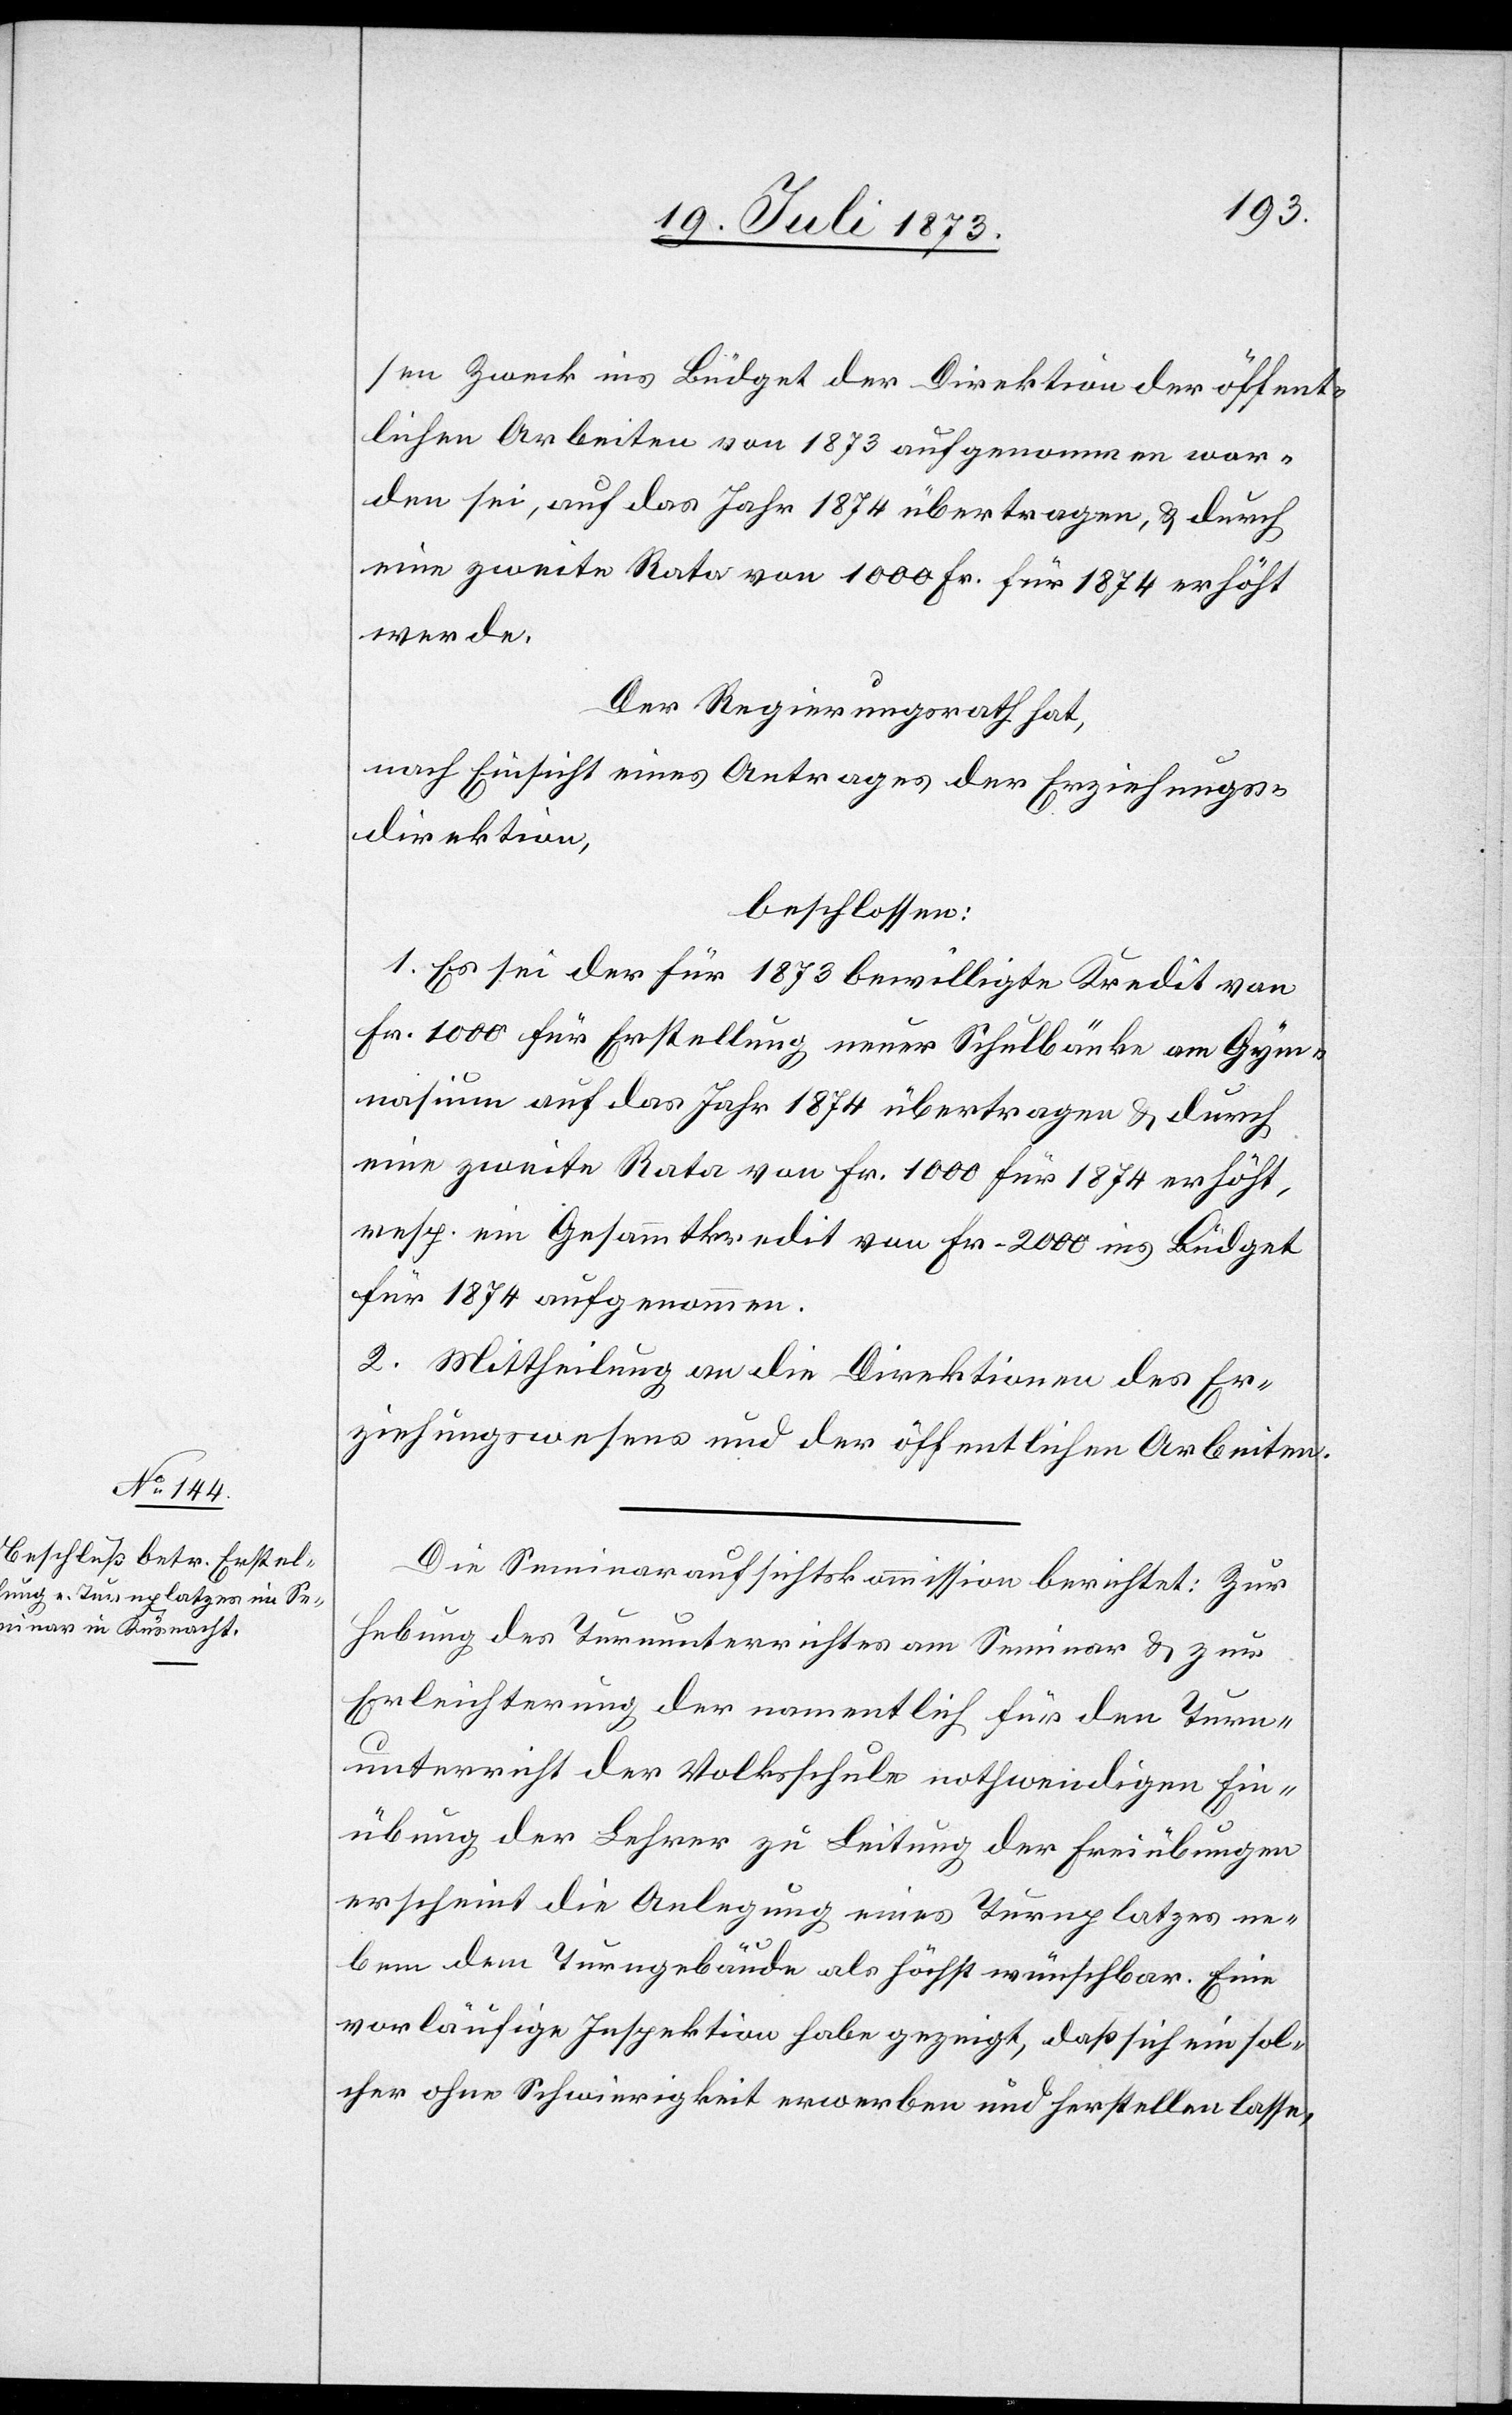
sen Zweck ins Büdget der Direktion der öffent¬
lichen Arbeiten von 1873 aufgenommen wor¬
den sei, auf das Jahr 1874 übertragen, & durch
eine zweite Rata von 1 000 Fr. für 1874 erhöht
werde.
Der Regierungsrath hat,
nach Einsicht eines Antrages der Erziehungs¬
direktion,
beschlossen:
1. Es sei der für 1873 bewilligte Kredit von
Fr. 1 000 für Erstellung neuer Schulbänke am Gy¬
mnasium auf das Jahr 1874 übertragen & durch
eine zweite Rata von Fr. 1 000 für 1874 erhöht,
resp. ein Gesammtkredit von Fr. 2 000 ins Büdget
für 1874 aufgenommen.
2. Mittheilung an die Direktionen des Er¬
ziehungswesens und der öffentlichen Arbeiten.
Die Seminaraufsichtskommission berichtet: Zur
Hebung des Turnunterrichtes am Seminar & zur
Erleichterung der namentlich für den Turn¬
unterricht der Volksschule nothwendigen Ein¬
übung der Lehrer zu Leitung der Freiübungen
erscheint die Anlegung eines Turnplatzes ne¬
ben dem Turngebäude als höchst wünschbar. Eine
vorläufige Inspektion habe gezeigt, daß sich ein sol¬
cher ohne Schwierigkeit erwerben und herstellen lasse,